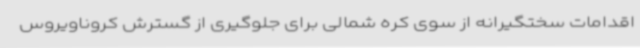
اقدامات سختگیرانه از سوی کره شمالی برای جلوگیری از گسترش کروناویروس